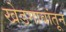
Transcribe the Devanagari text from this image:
खेडगावांतून